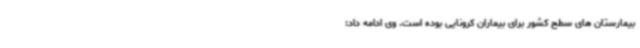
بیمارستان های سطح کشور برای بیماران کرونایی بوده است. وی ادامه داد: